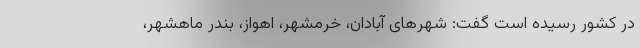
در کشور رسیده است گفت: شهرهای آبادان، خرمشهر، اهواز، بندر ماهشهر،